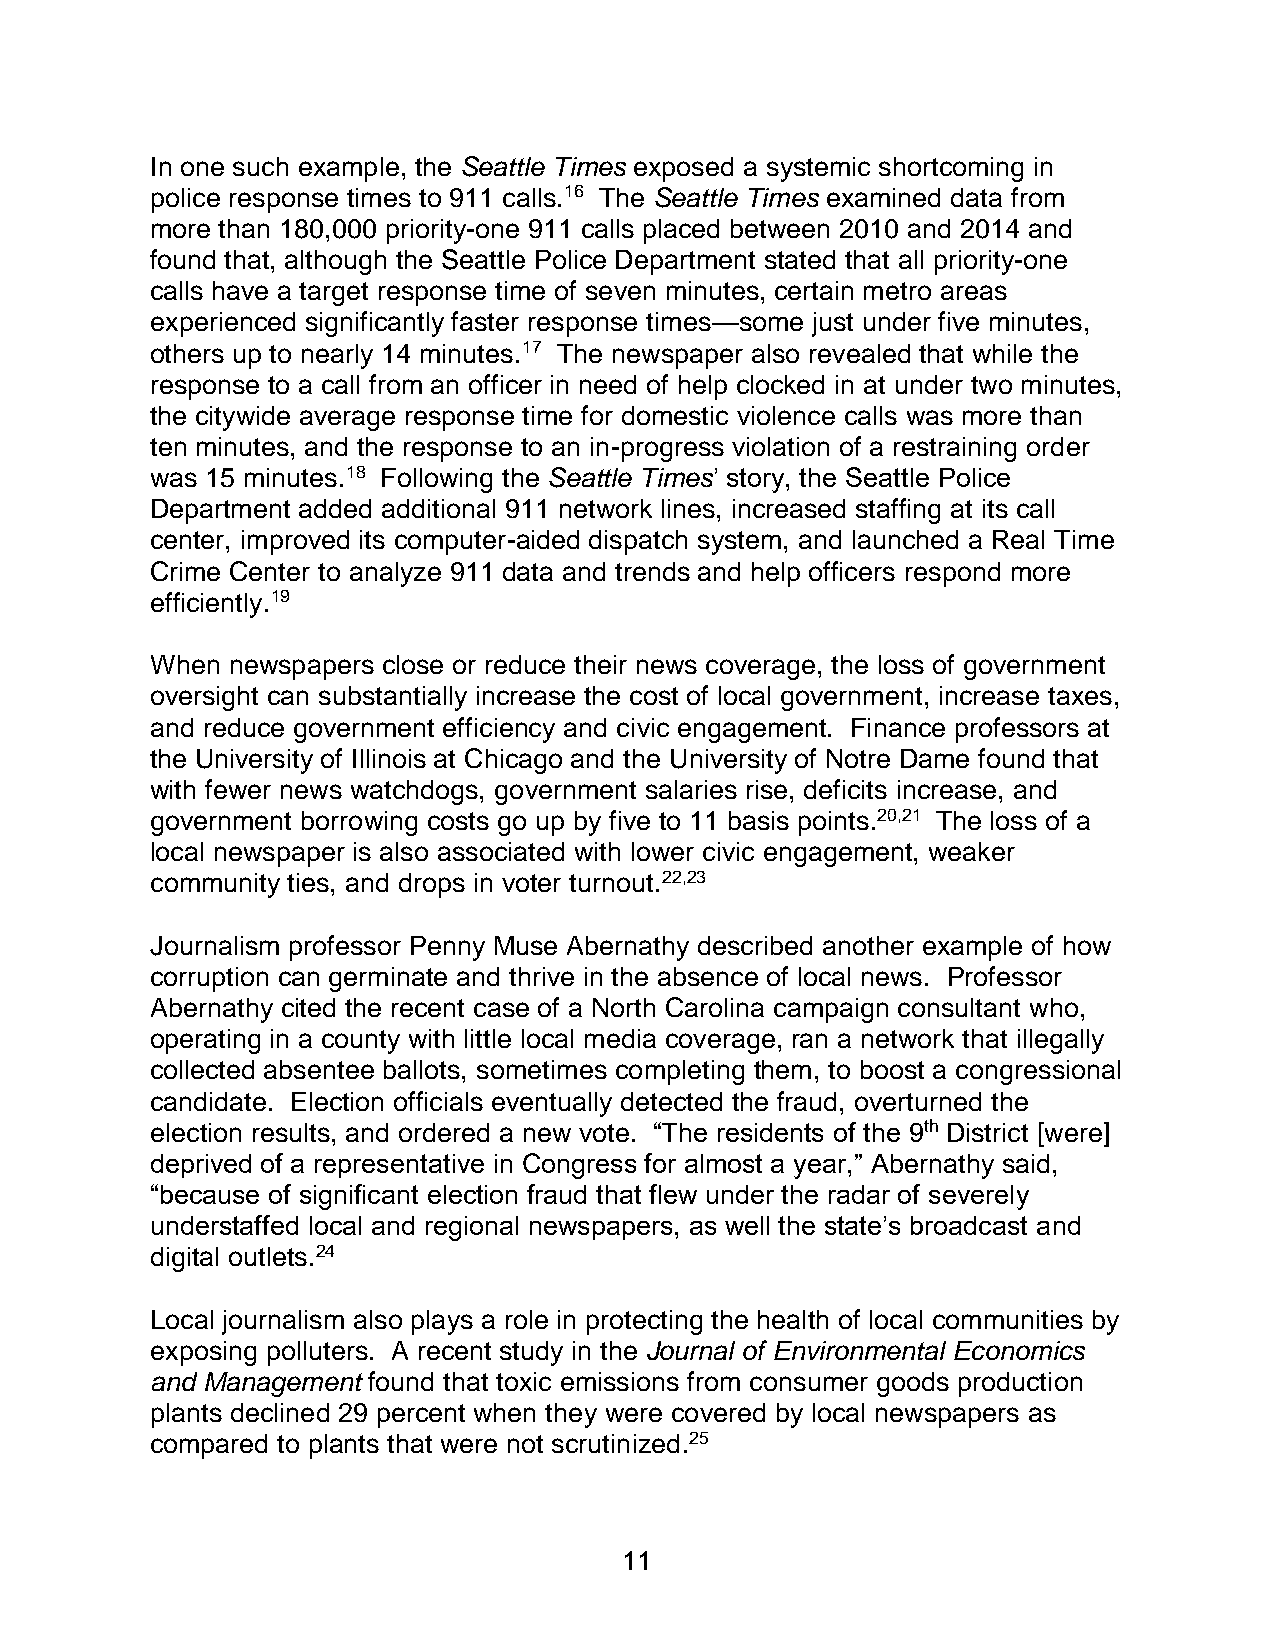
In one such example, the Seattle Times exposed a systemic shortcoming in
 police response times to 911 calls.16 The Seattle Times examined data from
 more than 180,000 priority-one 911 calls placed between 2010 and 2014 and
 found that, although the Seattle Police Department stated that all priority-one
 calls have a target response time of seven minutes, certain metro areas
 experienced significantly faster response times—some just under five minutes,
 others up to nearly 14 minutes.17 The newspaper also revealed that while the
 response to a call from an officer in need of help clocked in at under two minutes,
 the citywide average response time for domestic violence calls was more than
 ten minutes, and the response to an in-progress violation of a restraining order
 was 15 minutes.18 Following the Seattle Times’ story, the Seattle Police
 Department added additional 911 network lines, increased staffing at its call
 center, improved its computer-aided dispatch system, and launched a Real Time
 Crime Center to analyze 911 data and trends and help officers respond more
 efficiently.19
 When newspapers close or reduce their news coverage, the loss of government
 oversight can substantially increase the cost of local government, increase taxes,
 and reduce government efficiency and civic engagement. Finance professors at
 the University of Illinois at Chicago and the University of Notre Dame found that
 with fewer news watchdogs, government salaries rise, deficits increase, and
 government borrowing costs go up by five to 11 basis points.20,21 The loss of a
 local newspaper is also associated with lower civic engagement, weaker
 community ties, and drops in voter turnout.22,23
 Journalism professor Penny Muse Abernathy described another example of how
 corruption can germinate and thrive in the absence of local news. Professor
 Abernathy cited the recent case of a North Carolina campaign consultant who,
 operating in a county with little local media coverage, ran a network that illegally
 collected absentee ballots, sometimes completing them, to boost a congressional
 candidate. Election officials eventually detected the fraud, overturned the
 election results, and ordered a new vote. “The residents of the 9th District [were]
 deprived of a representative in Congress for almost a year,” Abernathy said,
 “because of significant election fraud that flew under the radar of severely
 understaffed local and regional newspapers, as well the state’s broadcast and
 digital outlets.24
 Local journalism also plays a role in protecting the health of local communities by
 exposing polluters. A recent study in the Journal of Environmental Economics
 and Management found that toxic emissions from consumer goods production
 plants declined 29 percent when they were covered by local newspapers as
 compared to plants that were not scrutinized.25
 11